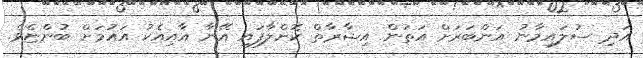
އަދި ސުލައިމާނު އަންބަރަށް އަތުން އިޝާރާތް ކޮށްލާފައި އޭނާ އާއިއެކު އައުމަށް ބުންޏެވެ.